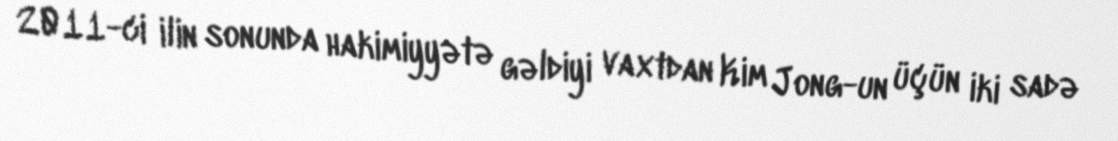
2011-ci ilin sonunda hakimiyyətə gəldiyi vaxtdan Kim Jong-un üçün iki sadə